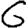
Digit: 6